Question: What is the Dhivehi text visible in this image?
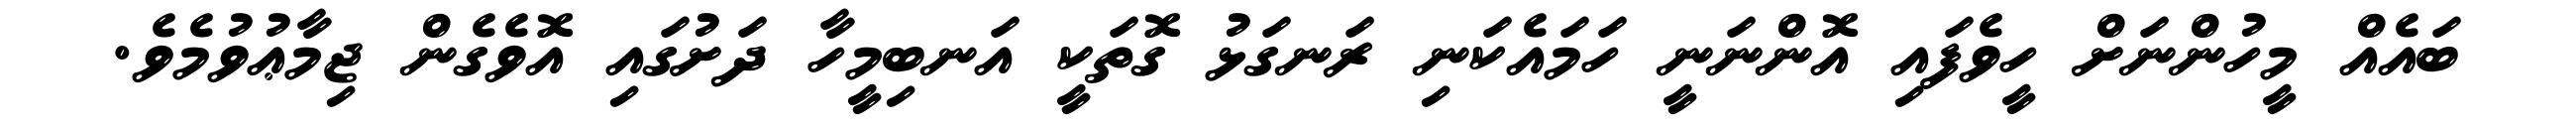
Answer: ބައެއް މީހުންނަށް ހީވެފައި އޮންނަނީ ހަމައެކަނި ރަނގަޅު ގޮތަކީ އަނބިމީހާ ދަށުގައި އޮވެގެން ޖިމާޢުވުމެވެ.